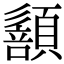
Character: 𩔻